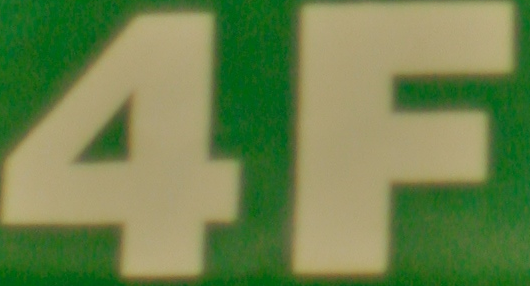
4F